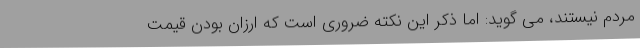
مردم نیستند، می گوید: اما ذکر این نکته ضروری است که ارزان بودن قیمت